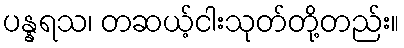
ပန္နရသ၊ တဆယ့်ငါးသုတ်တို့တည်း။